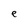
Character: e